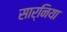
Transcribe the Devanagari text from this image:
सार्निया